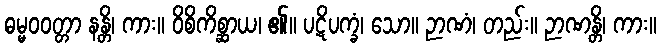
ဓမ္မဝဝတ္တာ နန္တိ၊ ကား။ ဝိစိကိစ္ဆာယ၊ ၏။ ပဋိပက္ခံ၊ သော။ ဉာဏံ၊ တည်း။ ဉာဏန္တိ၊ ကား။